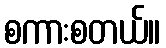
စကားစတယ်။